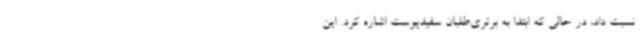
نسبت داد، در حالی که ابتدا به برتری‌طلبان سفیدپوست اشاره کرد. این